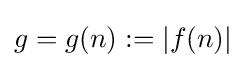
g=g(n):=|f(n)|